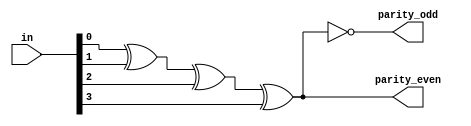

/******************************************************************************************************************

This source code is a work of its author. No part of it should be copied and pasted for any commercial purpose. 
This code is purely for educational purposes. If required, this code can be cloned from GitHub repository.

Filename	: parity_generator.v

Description	: Even and Odd Parity Generator

Author Name	: Deep Kar Sarkar

Version		: 1.0

*******************************************************************************************************************/

module parity_generator(in, parity_even, parity_odd);

	parameter DATA_LENGTH = 4;

	//Defining the input and output ports
	input [(DATA_LENGTH-1):0] in;
	output reg parity_even=0, parity_odd=0;
	
	integer i;
	
	//Logic for even and odd parity generator
	always @(*)
	begin
		parity_even=0;
		parity_odd=0;
		for(i=0; i<DATA_LENGTH; i=i+1)
		begin
			parity_even = parity_even ^ in[i];
			parity_odd = ~parity_even;
		end
	end 
endmodule